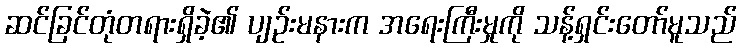
ဆင်ခြင်တုံတရားရှိခဲ့၏ ပျဉ်းမနားက အရေးကြီးမှုကို သန့်ရှင်းတော်မူသည်